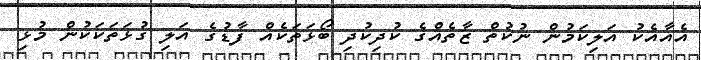
އެއާއެކު އަލިކަމުން ނުކުތް ޒާތެއްގެ ކުދިކުދި ބޯޅަތަކެއް ފާޑުގެ އަލި ގުޅަތަކަކުން މުޅި